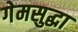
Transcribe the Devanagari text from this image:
गेमसुद्धा